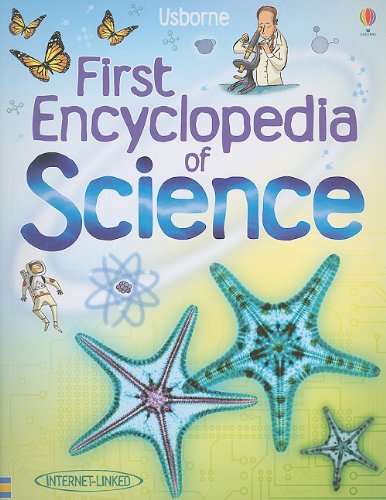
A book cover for Usborne First Encyclopedia of Science (Internet-Linked); Rachel Firth; Reference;